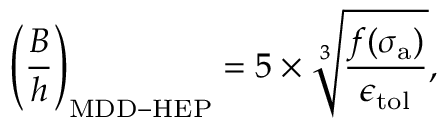
\left( \frac { B } { h } \right) _ { \mathrm { { M D D - H E P } } } = 5 \times \sqrt [ 3 ] { \frac { f ( \sigma _ { \mathrm { { a } } } ) } { \epsilon _ { \mathrm { { t o l } } } } } ,